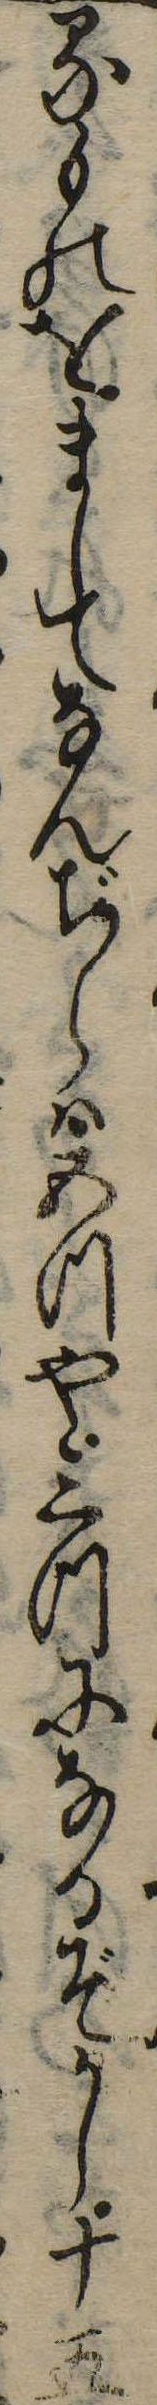
るものをましてなんぢらは五つや三つになるぞかし十五